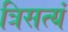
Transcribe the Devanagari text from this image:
त्रिसत्यं